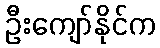
ဦးကျော်နိုင်က